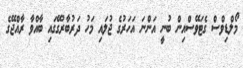
މޯލްޑިވްސް ގެޓަވޭސްއިން ބުނީ އަންނަ އަހަރުގެ ޖުލައި މަހު ދަރުބާރުގޭގައި ބާއްވާ ރާއްޖޭގެ